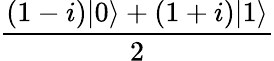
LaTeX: \frac{(1-i)|0\rangle+(1+i)|1\rangle}{2}